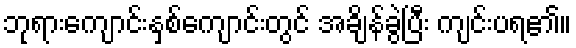
ဘုရားကျောင်းနှစ်ကျောင်းတွင် အချိန်ခွဲပြီး ကျင်းပရ၏။